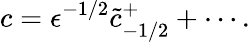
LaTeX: c=\epsilon^{-1/2}\tilde{c}_{-1/2}^{+}+\cdots.